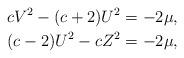
LaTeX: \begin{align*}cV^{2}-(c+2)U^{2} & =-2\mu,\\\ (c-2)U^{2}-cZ^{2} & =-2\mu,\end{align*}